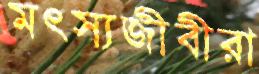
মৎস্যজীবীরা